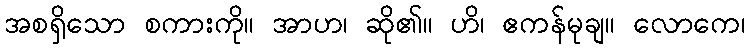
အစရှိသော စကားကို။ အာဟ၊ ဆို၏။ ဟိ၊ ဧကန်မုချ။ လောကေ၊